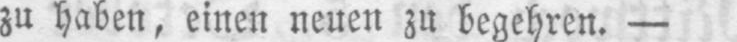
zu haben, einen neuen zu begehren. -